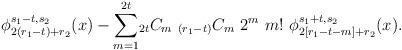
LaTeX: \begin{align*} \phi^{s_1-t, s_2}_{2(r_1-t)+r_2}(x) - \underset{m=1}{\overset{2t}{\sum}} {_{2t}}C_m \ {_{(r_1-t)}}C_m \ 2^m \ m! \ \phi^{s_1+t, s_2}_{2[r_1-t-m]+r_2}(x). \end{align*}